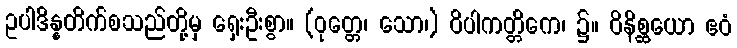
ဥပါဒိန္နတိက်စသည်တို့မှ ရှေးဦးစွာ။ (ဝုတ္တေ၊ သော၊) ဝိပါကတ္တိကေ၊ ၌။ ဝိနိစ္ဆယော ဧဝံ